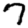
Digit: 7